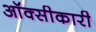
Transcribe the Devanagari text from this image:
ऑक्सीकारी